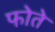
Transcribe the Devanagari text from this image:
फोते